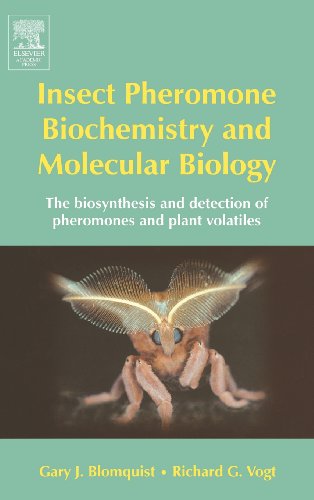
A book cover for Insect Pheromone Biochemistry and Molecular Biology: The Biosynthesis and Detection of Pheromones and Plant Volatiles; Science & Math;